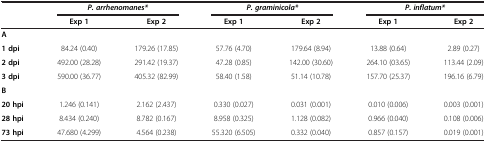
|  | <COLSPAN=2> P. arrhenomanes* | <COLSPAN=2> P. graminicola* | <COLSPAN=2> P. inflatum* |
 |  | Exp 1 | Exp 2 | Exp 1 | Exp 2 | Exp 1 | Exp 2 |
 | --- | --- | --- | --- | --- | --- | --- |
 | <COLSPAN=7> A |
 | 1 dpi | 84.24 (0.40) | 179.26 (17.85) | 57.76 (4.70) | 179.64 (8.94) | 13.88 (0.64) | 2.89 (0.27) |
 | 2 dpi | 492.00 (28.28) | 291.42 (19.37) | 47.28 (0.85) | 142.00 (30.60) | 264.10 (03.65) | 113.44 (2.09) |
 | 3 dpi | 590.00 (36.77) | 405.32 (82.99) | 58.40 (1.58) | 51.14 (10.78) | 157.70 (25.37) | 196.16 (6.79) |
 | <COLSPAN=7> B |
 | 20 hpi | 1.246 (0.141) | 2.162 (2.437) | 0.330 (0.027) | 0.031 (0.001) | 0.010 (0.006) | 0.003 (0.001) |
 | 28 hpi | 8.434 (0.240) | 8.782 (0.167) | 8.958 (0.325) | 1.128 (0.082) | 0.966 (0.040) | 0.108 (0.006) |
 | 73 hpi | 47.680 (4.299) | 4.564 (0.238) | 55.320 (6.505) | 0.332 (0.040) | 0.857 (0.157) | 0.019 (0.001) |